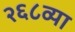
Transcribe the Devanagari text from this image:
२६८व्या